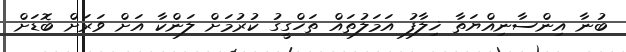
ބުނާ އިންސާނިއްޔަތާ ޚިލާފު އަމަލުތައް ތަހްގީގު ކުރުމަށް ލަންކާ އަށް ވަރަށް ބޮޑަށް